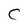
Character: C